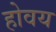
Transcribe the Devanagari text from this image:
होवय